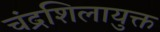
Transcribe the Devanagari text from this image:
चंद्रशिलायुक्त